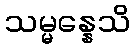
သမ္မန္နေသိ